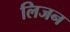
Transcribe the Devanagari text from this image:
लिजन